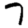
Digit: 7